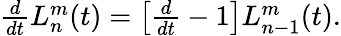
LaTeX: \begin{array}{r}{\frac{d}{dt}L_{n}^{m}(t)=\left[\frac{d}{dt}-1\right]L_{n-1}^{m}(t).}\end{array}